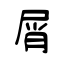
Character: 屑